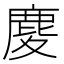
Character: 𪊎